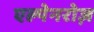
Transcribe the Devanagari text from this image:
एल्पेनरोज़